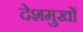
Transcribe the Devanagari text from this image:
देशमुखों